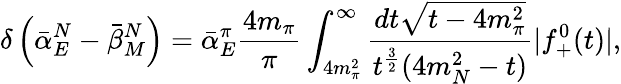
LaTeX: \delta\left(\bar{\alpha}_{E}^{N}-\bar{\beta}_{M}^{N}\right)=\bar{\alpha}_{E}^{\pi}{\frac{4m_{\pi}}{\pi}}\int_{4m_{\pi}^{2}}^{\infty}{\frac{dt\sqrt{t-4m_{\pi}^{2}}}{t^{\frac{3}{2}}(4m_{N}^{2}-t)}}|f_{+}^{0}(t)|,